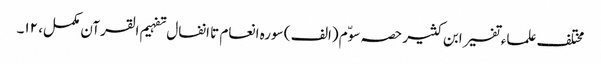
مختلف علماء تفسیر ابن کثیر حصہ سوّم (الف ) سورہ انعام تا انفال تفہیم القرآن مکمل، ۱۲۔